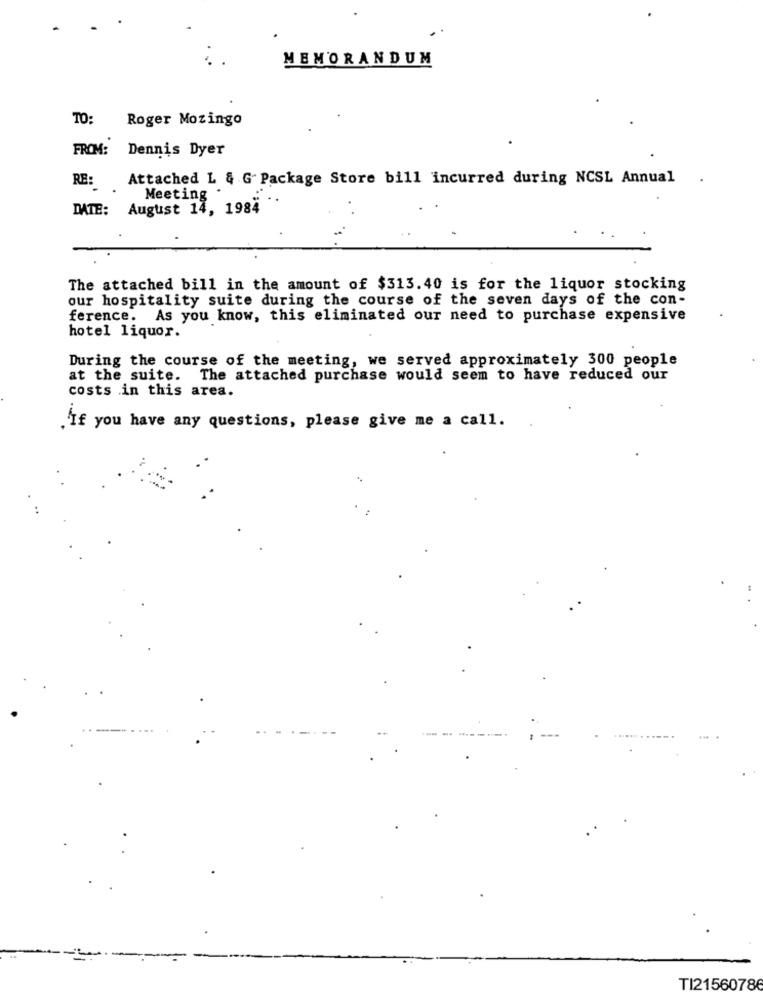
MEMORANDUM
TO:
Roger Mozingo
FROM: Dennis Dyer
RE: Attached L & G Package Store bill incurred during NCSL Annual
Meeting
DATE: August 14, 1984
The attached bill in the amount of $313.40 is for the liquor stocking
our hospitality suite during the course of the seven days of the con-
ference. As you know, this eliminated our need to purchase expensive
hotel liquor.
During the course of the meeting, we served approximately 300 people
at the suite. The attached purchase would seem to have reduced our
costs in this area.
'If you have any questions, please give me a call.
T121560786